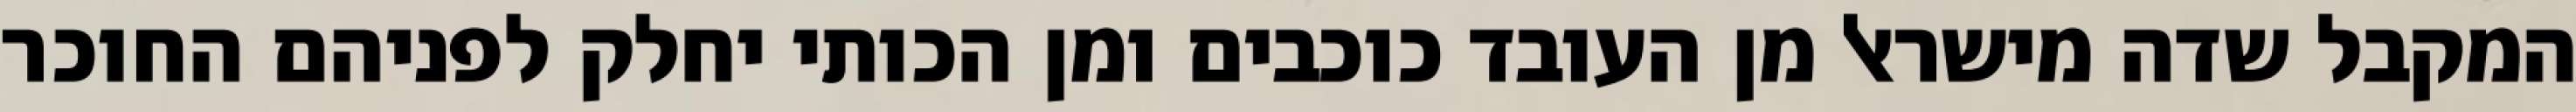
המקבל שדה מישראל מן העובד כוכבים ומן הכותי יחלק לפניהם החוכר